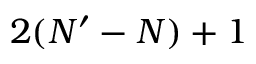
2 ( N ^ { \prime } - N ) + 1